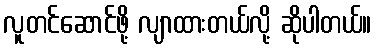
လူတင်ဆောင်ဖို့ လျာထားတယ်လို့ ဆိုပါတယ်။